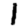
Digit: 1